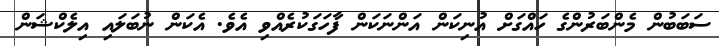
ސަބަބުން މެންބަރުންގެ ހައްގަށް އުނިކަން އަންނަކަން ފާހަގަކުރެއްވި އެވެ. އެކަން ނުބަލައި އިލެކްޝަން